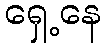
ရှေ့နေ